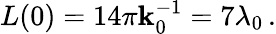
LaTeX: L(0)=14\pi\mathbf{k}_{0}^{-1}=7\lambda_{0}\, .